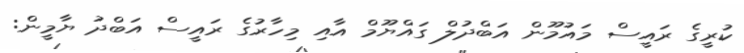
ކުރީގެ ރައީސް މައުމޫން އަބްދުލް ގައްޔޫމް އާއި މިހާރުގެ ރައީސް އަބްދު ޔާމީން: